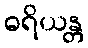
ဓရိယန္တ